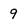
Character: 9